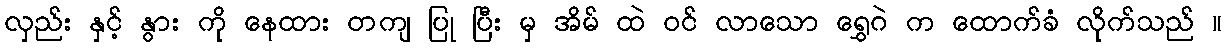
လှည်း နှင့် နွား ကို နေထား တကျ ပြု ပြီး မှ အိမ် ထဲ ဝင် လာသော ရွှေဂဲ က ထောက်ခံ လိုက်သည် ။